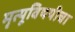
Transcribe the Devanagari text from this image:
मृत्यूविषयीचा